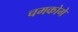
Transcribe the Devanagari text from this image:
चमकोगे